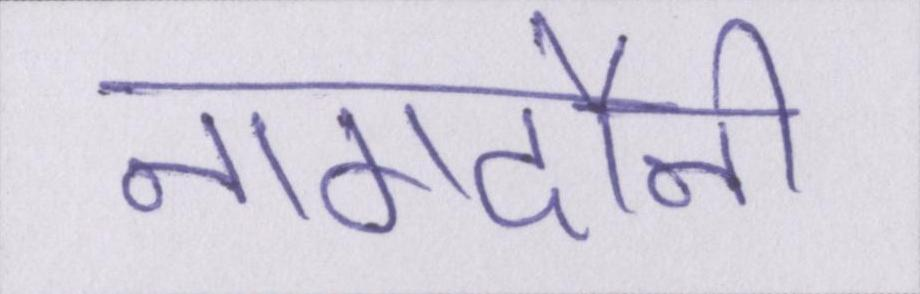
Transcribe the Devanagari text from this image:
नागदौनी